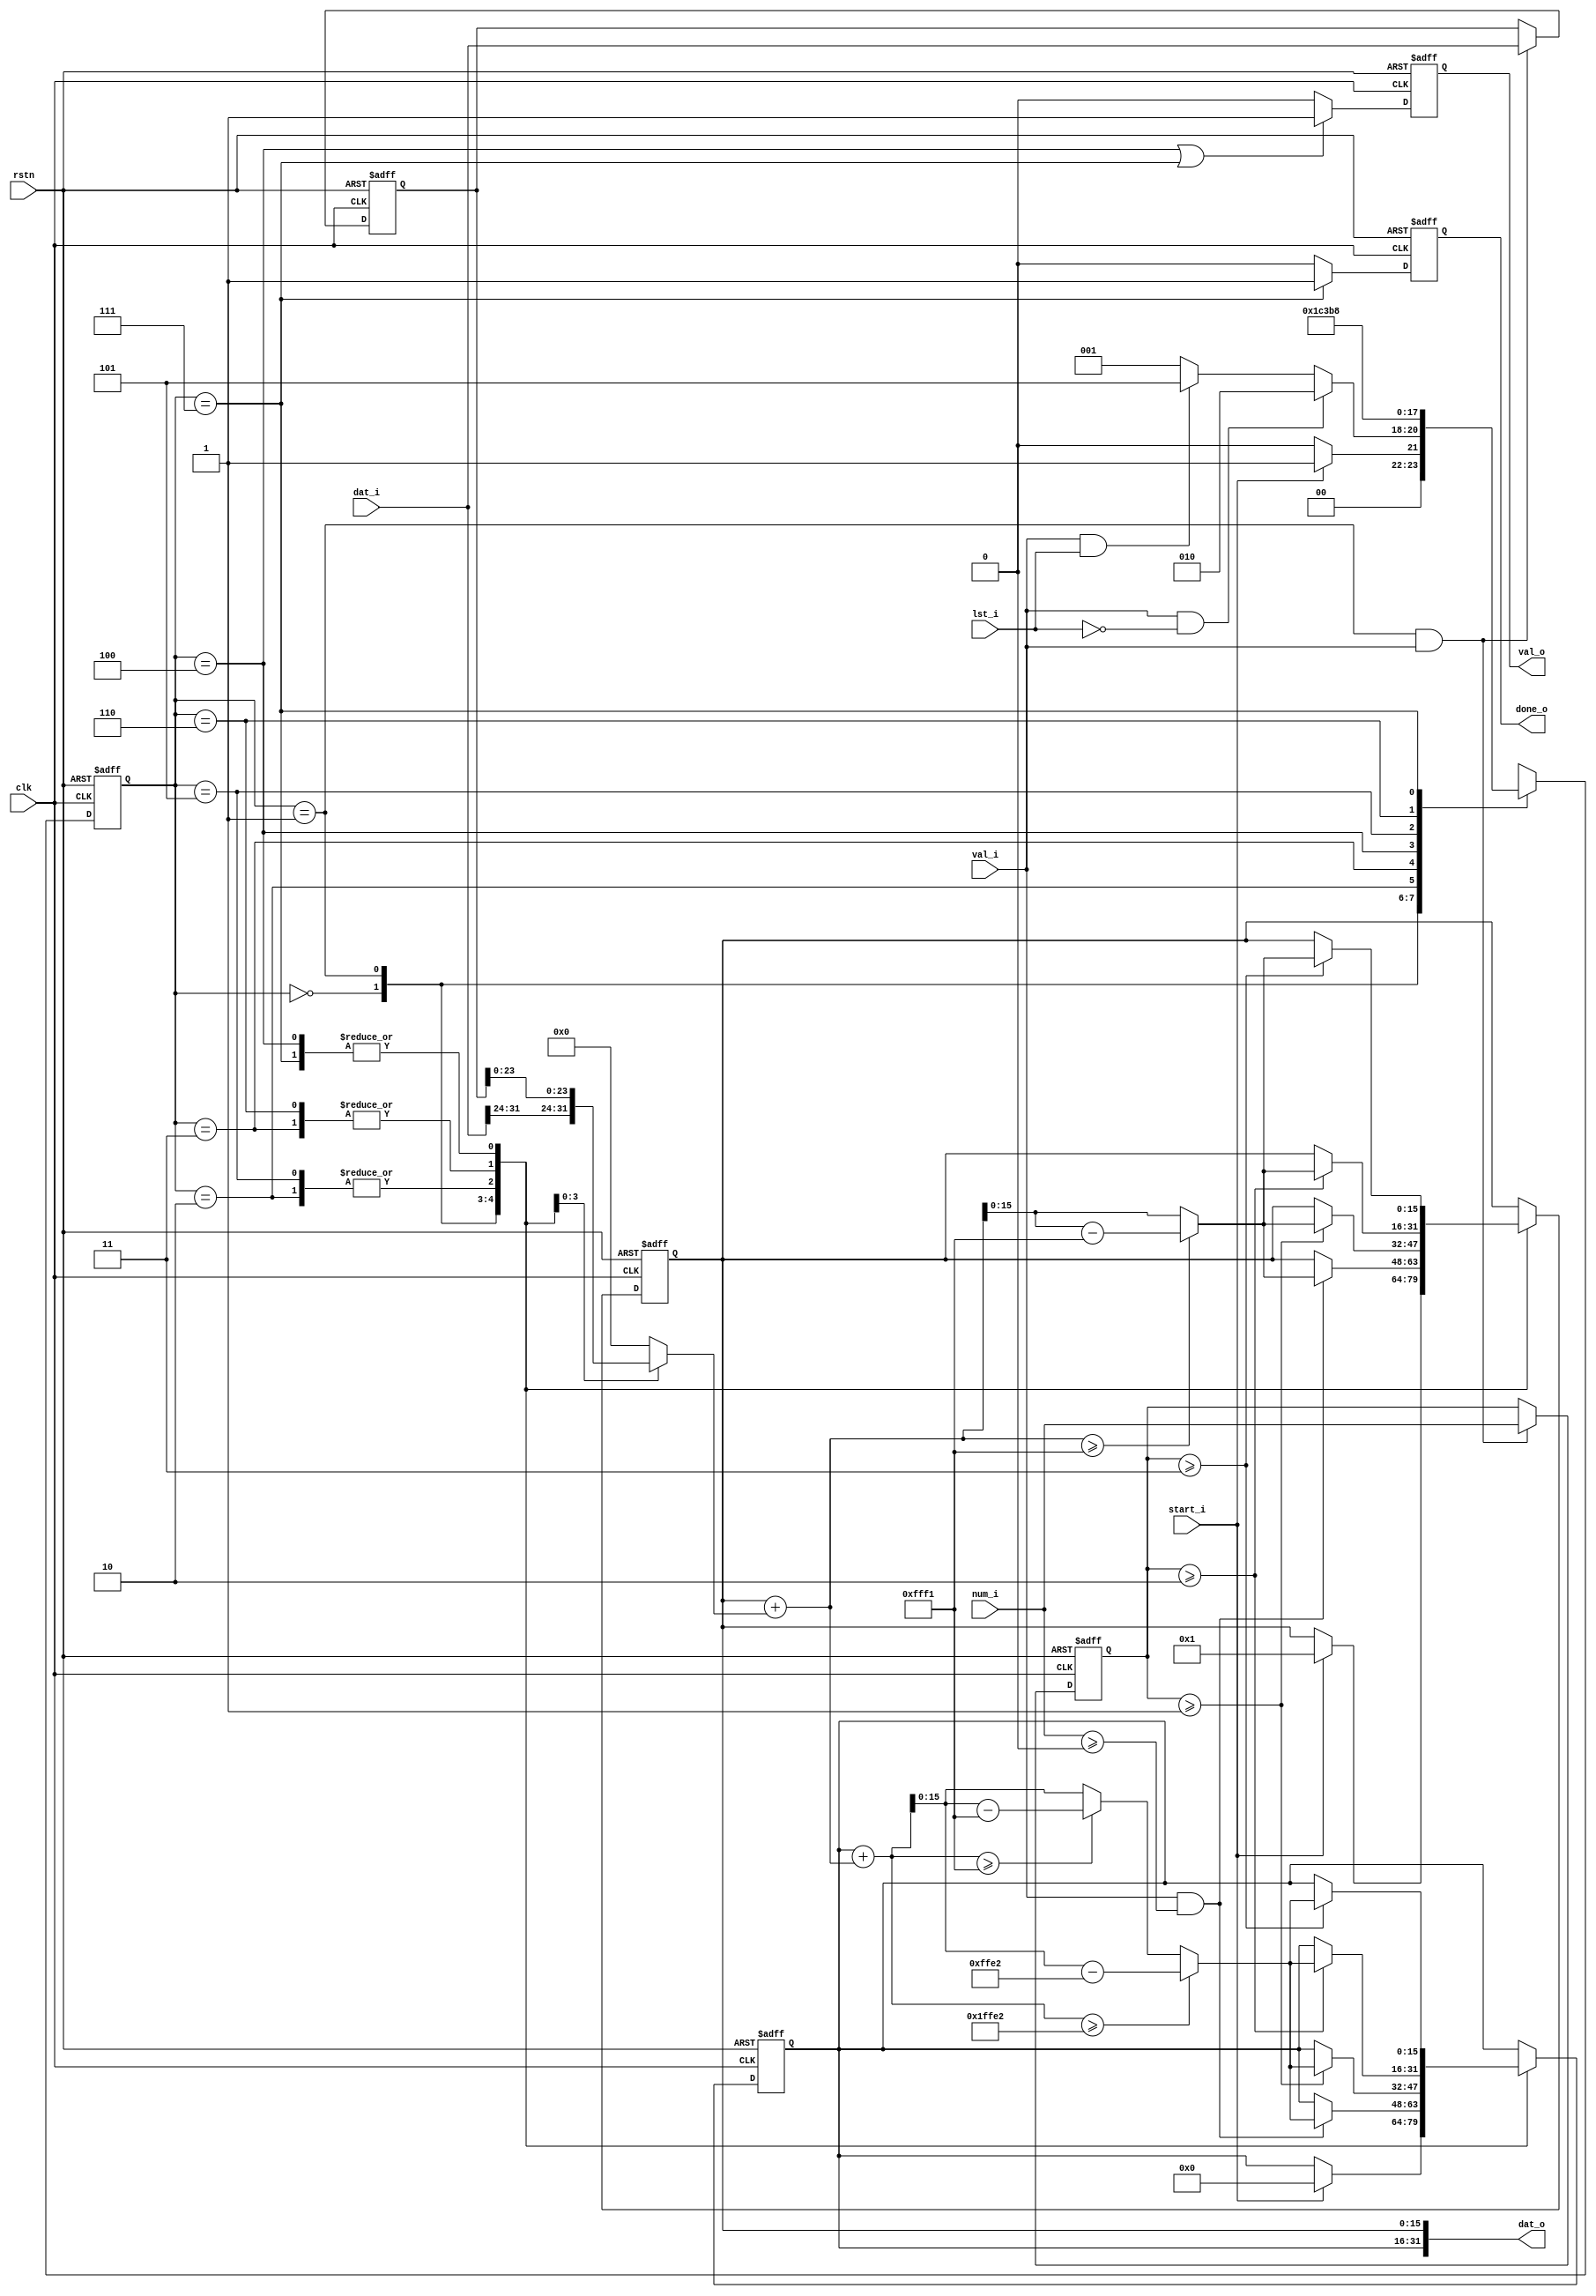
//------------------------------------------------------------------------------
  //
  //  Filename      : 
  //  Description   : 
  //  Author        : 
  //  Email         :
  //  Created       : xxxx-xx-xx
  //
//------------------------------------------------------------------------------

module adler32(
  clk    ,
  rstn   ,
  //
  start_i,
  val_i  ,
  dat_i  ,
  num_i  ,
  lst_i  ,
  //
  done_o ,
  val_o  ,
  dat_o
  );

//***   PARAMETER   ***********************************************************
  localparam DATA_WD         = 'd32;
  localparam NUM_WD          = 'd2 ;
  localparam ADLER32_WD      = 'd32;
  localparam ADLER32_HALF_WD = 'd16;

  // din process
  localparam DIN_WD          = 'd8 ;

  // fsm
  localparam FSM_WD          =  'd3;
  localparam IDLE            = 3'd0;
  localparam ACTV            = 3'd1;
  localparam PROC_2          = 3'd2;
  localparam PROC_3          = 3'd3;
  localparam PROC_4          = 3'd4;
  localparam LAST_2          = 3'd5;
  localparam LAST_3          = 3'd6;
  localparam LAST_4          = 3'd7;

//***   INPUT / OUTPUT   ******************************************************
  //
  input                                clk                 ;
  input                                rstn                ;
  //
  input                                start_i             ;
  input                                val_i               ;
  input      [DATA_WD           -1 :0] dat_i               ;
  input      [NUM_WD            -1 :0] num_i               ; // means 1/2/3/4 most significant bytes are valid
  input                                lst_i               ;
  //
  output reg                           done_o              ;
  output reg                           val_o               ;
  output     [DATA_WD           -1 :0] dat_o               ;

//***   WIRE / REG   **********************************************************
  // fsm
  reg        [FSM_WD            -1 :0] cur_state_r         ;
  reg        [FSM_WD            -1 :0] nxt_state_w         ;

  // dat_i and num_i buffer
  reg        [DATA_WD           -1 :0] dat_i_buf_r         ;
  reg        [NUM_WD            -1 :0] num_i_buf_r         ;

  // din
  reg        [DIN_WD            -1 :0] din_w               ;

  // adler32 s2 and s1
  reg        [ADLER32_HALF_WD   -1 :0] adler32_s2_cur_r    ;
  reg        [ADLER32_HALF_WD   -1 :0] adler32_s1_cur_r    ;

  // adler32 s2 and s1 calculation
  wire       [ADLER32_HALF_WD+2 -1 :0] adler32_s2_nxt_sum_w;
  wire       [ADLER32_HALF_WD+1 -1 :0] adler32_s1_nxt_sum_w;

  wire       [ADLER32_HALF_WD   -1 :0] adler32_s2_nxt_w    ;
  wire       [ADLER32_HALF_WD   -1 :0] adler32_s1_nxt_w    ;

  // adler32 checksum
  wire       [ADLER32_WD        -1 :0] adler32_cur_w       ;

//***   MAIN BODY   ***********************************************************
//---   FSM   ---------------------------------------------
  // curr state
  always @(posedge clk or negedge rstn) begin
    if (!rstn) begin
      cur_state_r <= IDLE;
    end
    else begin
      cur_state_r <= nxt_state_w;
    end
  end

  // next state
  always @(*) begin
    nxt_state_w = IDLE;
    case (cur_state_r)
      IDLE   : if (start_i)             nxt_state_w = ACTV  ;
               else                     nxt_state_w = IDLE  ;
      ACTV   : if (val_i && !lst_i)     nxt_state_w = PROC_2;
               else if (val_i && lst_i) nxt_state_w = LAST_2;
               else                     nxt_state_w = ACTV  ;
      PROC_2 :                          nxt_state_w = PROC_3;
      PROC_3 :                          nxt_state_w = PROC_4;
      PROC_4 :                          nxt_state_w = ACTV  ;
      LAST_2 :                          nxt_state_w = LAST_3;
      LAST_3 :                          nxt_state_w = LAST_4;
      LAST_4 :                          nxt_state_w = IDLE  ;
      default:                          nxt_state_w = IDLE  ;
    endcase
  end

//---   PREPARE   -----------------------------------------
  // dat_i and num_i buffer
  always @(posedge clk or negedge rstn) begin
    if (!rstn) begin
      dat_i_buf_r <= 'd0;
      num_i_buf_r <= 'd0;
    end
    else if (cur_state_r == ACTV && val_i) begin
      dat_i_buf_r <= dat_i;
      num_i_buf_r <= num_i;
    end
  end

  // dat_i/buf_r[31:24], [23:16], [15:8], [7:0] mapped to din_w[7:0]
  always @(*) begin
    din_w = 'd0;
    case (cur_state_r)
      ACTV           : din_w = dat_i[31:24]      ; // look ahead
      PROC_2, LAST_2 : din_w = dat_i_buf_r[23:16];
      PROC_3, LAST_3 : din_w = dat_i_buf_r[15: 8];
      PROC_4, LAST_4 : din_w = dat_i_buf_r[ 7: 0];
      default : din_w = 'd0;
    endcase
  end

//---   CALC   --------------------------------------------
  // adler32 s2 and s1
  always @(posedge clk or negedge rstn) begin
    if (!rstn) begin
      adler32_s2_cur_r <= 16'h0000;
      adler32_s1_cur_r <= 16'h0000;
    end
    else begin
      case (cur_state_r)
        IDLE   : if (start_i) begin
                   adler32_s2_cur_r <= 16'h0000;
                   adler32_s1_cur_r <= 16'h0001;
                 end
        ACTV   : if (val_i && num_i >= 'd0) begin // look ahead
                   adler32_s2_cur_r <= adler32_s2_nxt_w;
                   adler32_s1_cur_r <= adler32_s1_nxt_w;
                 end
        PROC_2,
        LAST_2 : if (num_i_buf_r >= 'd1) begin
                   adler32_s2_cur_r <= adler32_s2_nxt_w;
                   adler32_s1_cur_r <= adler32_s1_nxt_w;
                 end
        PROC_3,
        LAST_3 : if (num_i_buf_r >= 'd2) begin
                   adler32_s2_cur_r <= adler32_s2_nxt_w;
                   adler32_s1_cur_r <= adler32_s1_nxt_w;
                 end
        PROC_4,
        LAST_4 : if (num_i_buf_r >= 'd3) begin
                   adler32_s2_cur_r <= adler32_s2_nxt_w;
                   adler32_s1_cur_r <= adler32_s1_nxt_w;
                 end
        default: ;
      endcase
    end
  end

  // sum
  assign adler32_s2_nxt_sum_w = adler32_s2_cur_r + adler32_s1_nxt_sum_w;
  assign adler32_s1_nxt_sum_w = adler32_s1_cur_r + din_w;

  // mod 16'd65521 (implement utilizing range information and minus operation)
  assign adler32_s2_nxt_w = (adler32_s2_nxt_sum_w >= 'd131042) ? (adler32_s2_nxt_sum_w - 'd131042)
                          : (adler32_s2_nxt_sum_w >= 'd65521 ) ? (adler32_s2_nxt_sum_w - 'd65521 )
                          :  adler32_s2_nxt_sum_w;
  assign adler32_s1_nxt_w = (adler32_s1_nxt_sum_w >= 'd65521 ) ? (adler32_s1_nxt_sum_w - 'd65521 ) : adler32_s1_nxt_sum_w;

//---   OUTPUT   ------------------------------------------
  // adler32 checksum
  assign adler32_cur_w = {adler32_s2_cur_r, adler32_s1_cur_r};

  // dat_o
  assign dat_o = adler32_cur_w;

  // val_o
  always @(posedge clk or negedge rstn) begin
    if (!rstn) begin
      val_o <= 'd0;
    end
    else begin
      if (cur_state_r == PROC_4 || cur_state_r == LAST_4) begin
        val_o <= 'd1;
      end
      else begin
        val_o <= 'd0;
      end
    end
  end

  // done_o
  always @(posedge clk or negedge rstn) begin
    if (!rstn) begin
      done_o <= 'd0;
    end
    else begin
      if (cur_state_r == LAST_4) begin
        done_o <= 'd1;
      end
      else begin
        done_o <= 'd0;
      end
    end
  end


endmodule